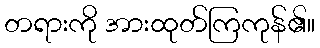
တရားကို အားထုတ်ကြကုန်၏။